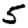
Digit: 5